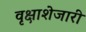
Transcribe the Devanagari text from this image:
वृक्षाशेजारी